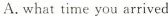
A.what time you arrived